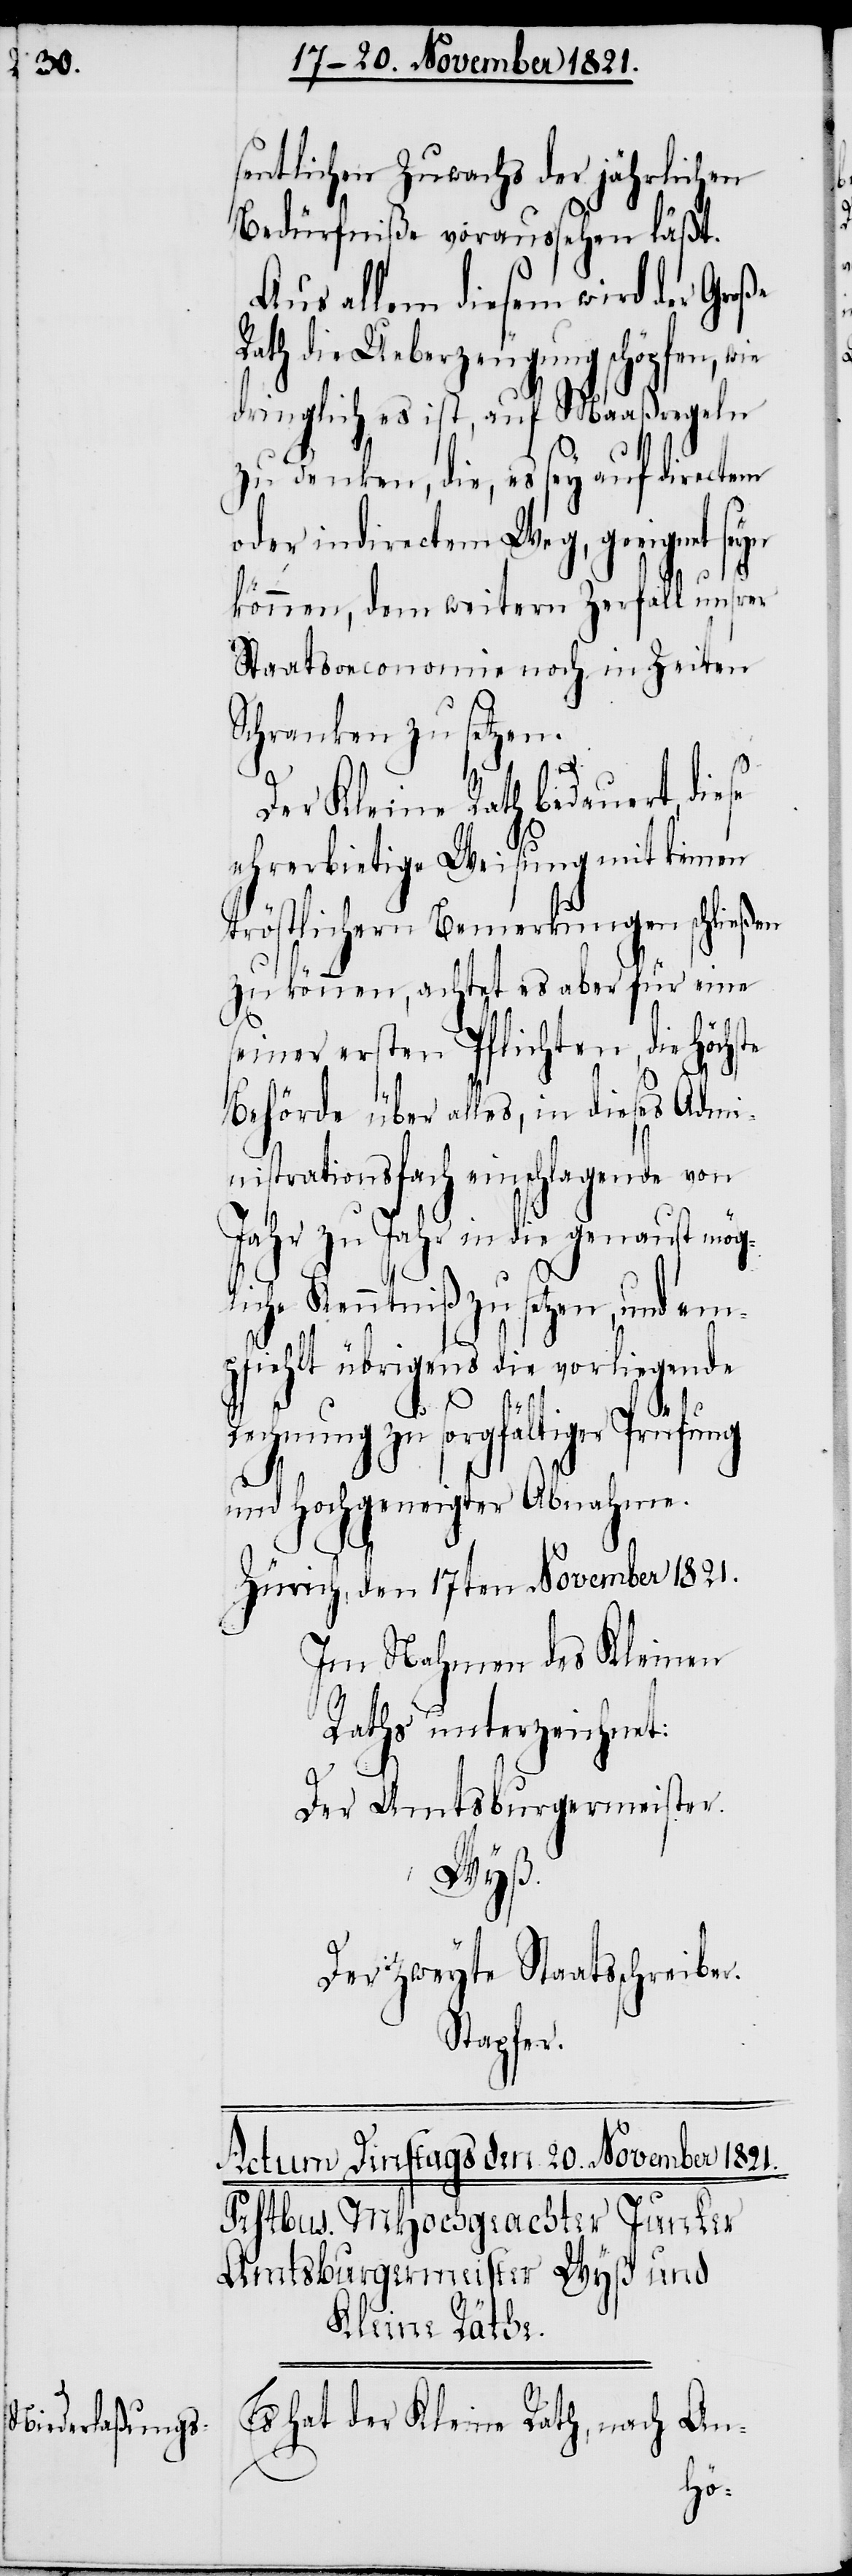
sentlichen Zuwachs der jährlichen
Bedürfniße voraussehen läßt.
Aus allem diesem wird der Große
Rath die Ueberzeugung schöpfen, wie
dringlich es ist, auf Maaßregeln
zu denken, die, es sey auf directem
oder indirectem Weg, geeignet seyn
r.
können, dem weitern Zerfall unsrer
Staatsoeconomie noch in Zeiten
Schranken zu setzen.
Der Kleine Rath bedauert, die¬
ehrerbietige Weisung mit keinen
tröstlichen Bemerkungen schließen
zu können, achtet es aber für eine
seiner ersten Pflichten, die Höchste
Behörde über alles, in dieses Admi¬
nistrationsfach einschlagende von
Jahr zu Jahr in die genauest mög¬
liche Kenntniß zu setzen, und em¬
pfiehlt übrigens die vorliegende
Rechnung zu sorgfältiger Prüfung
und Hochgeneigter Abnahme.
Zürich, den 17ten November 1821.
Im Nahmen des Kleinen
Raths unterzeichnet:
Der Amtsburgermeister.
Wyß.
Der zweyte Staatsschreibe¬
Stapfer.
Es hat der Kleine Rath, nach An-